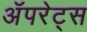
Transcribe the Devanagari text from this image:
अॅपरेट्स